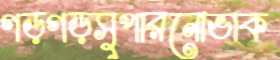
গড়গড়সুপারনোভাক